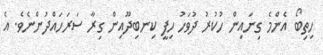
ހިތިބޯ އެންމެ ގިނައިން ހުކުރު ދުވަހު ހިފީ ކިނބިދޫއިން ގިރާ ސަރަހައްދުންނެވެ. އެ